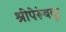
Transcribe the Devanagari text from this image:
श्रीपेरूंबदूर